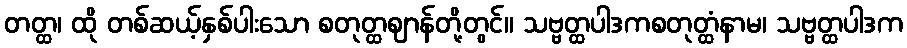
တတ္ထ၊ ထို တစ်ဆယ့်နှစ်ပါးသော စတုတ္ထဈာန်တို့တွင်။ သဗ္ဗတ္ထပါဒကစတုတ္ထံနာမ၊ သဗ္ဗတ္ထပါဒက